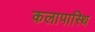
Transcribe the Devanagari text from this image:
कलापास्थि